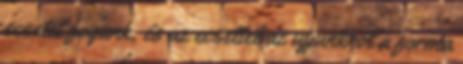
ecsetet fogunk, és az ecsettel az ujjunkról a forma